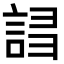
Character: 𧧠